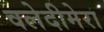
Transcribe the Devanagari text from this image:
वलेदीमेरा